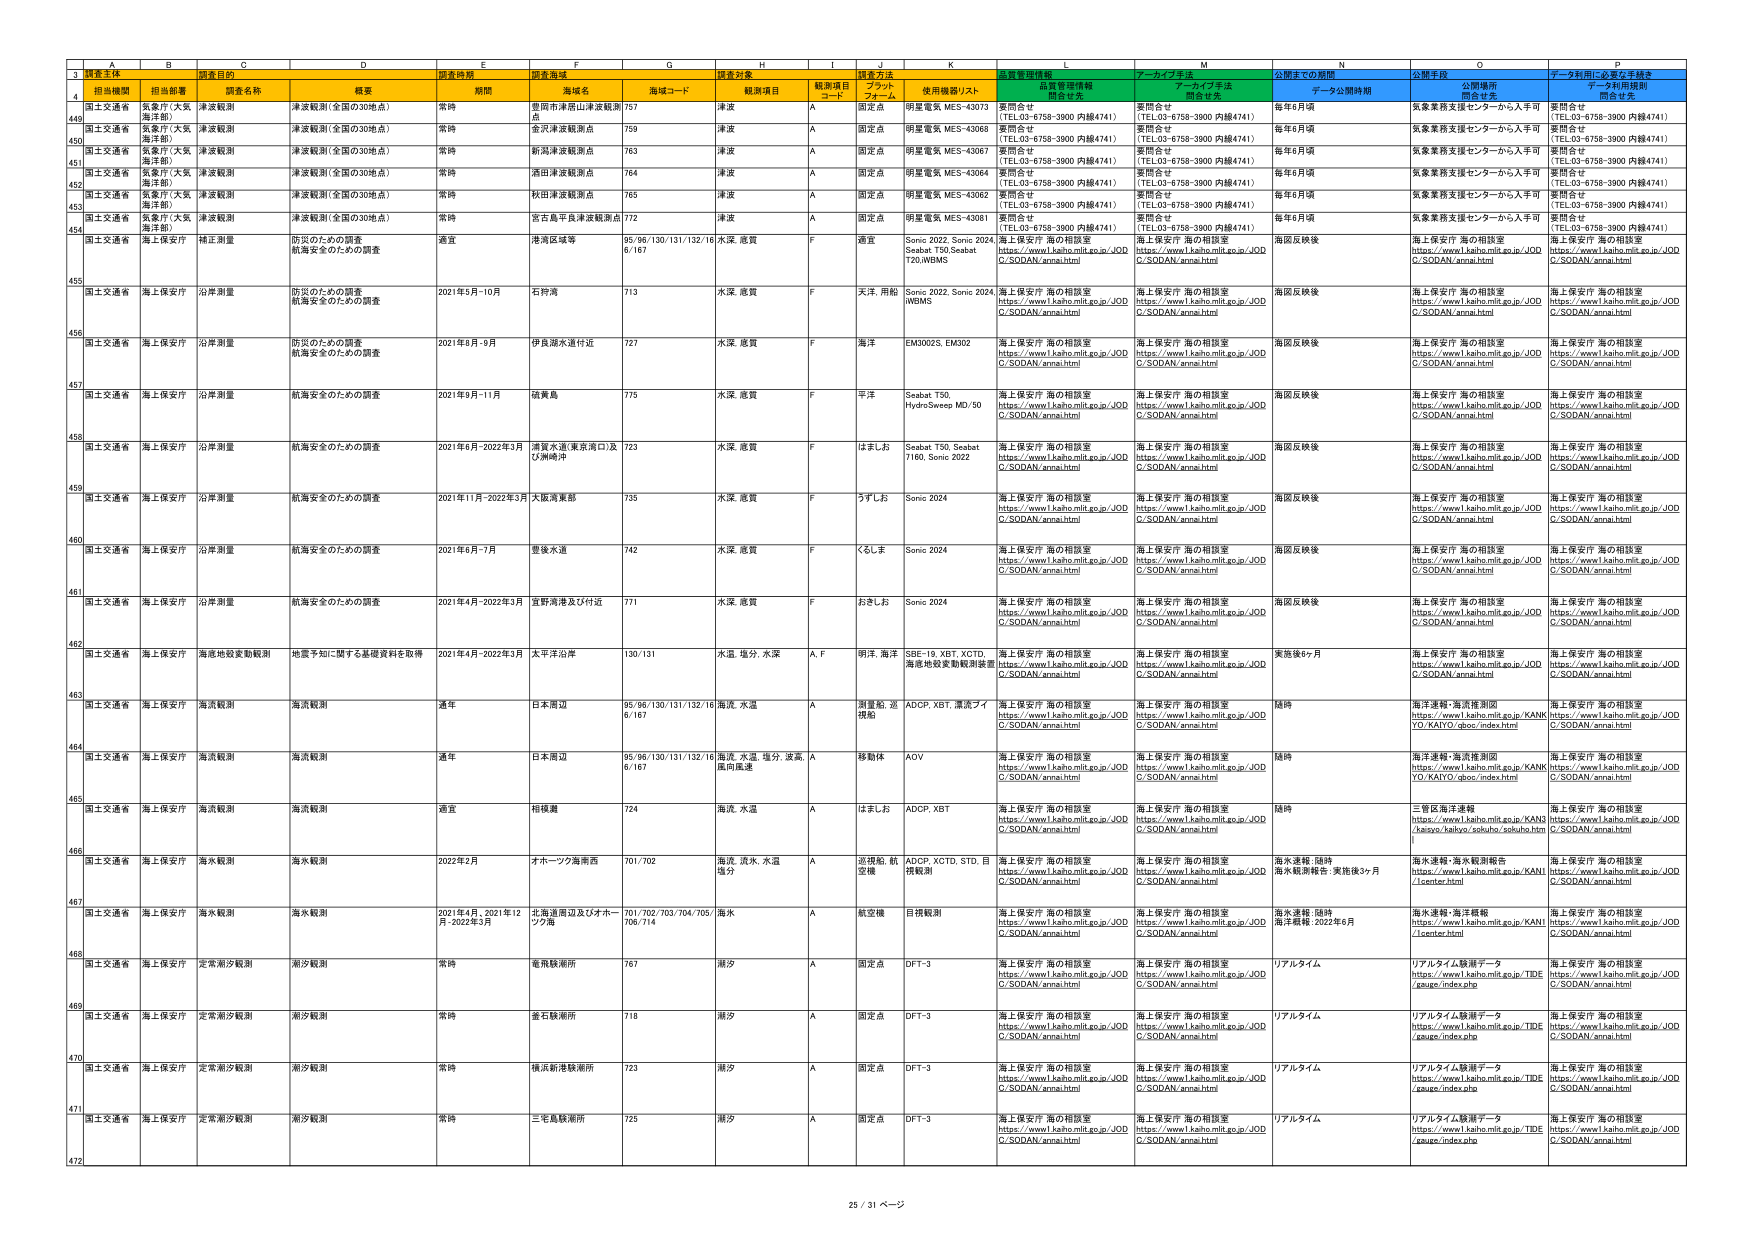
3 調査主体
調査目的
調査時期
調査海域
調査対象
調査方法
監視管理情報
アーカイブ手法
公開までの期間
公開手段
データ利用に必要な手続き
4 担当機関
担当部署
調査名称
概要
期間
海域名
海域コード
観測項目
観測項目
コード
プラットフォーム
使用機器リスト
開発元
開発元
開発元
データ利用規則
開発元
449 国土交通省 気象庁（大阪海洋部） 津波観測 津波観測（全国の30地点） 常時 豊田市津波山津波観測点 757 津波 A 固定点 明星電気 MES-43073 要問合せ （TEL03-6758-3900 内線4741） 要問合せ （TEL03-6758-3900 内線4741） 毎年6月頃 気象業務支援センターから入手可 要問合せ （TEL03-6758-3900 内線4741）
450 国土交通省 気象庁（大阪海洋部） 津波観測 津波観測（全国の30地点） 常時 金沢津波観測点 759 津波 A 固定点 明星電気 MES-43068 要問合せ （TEL03-6758-3900 内線4741） 要問合せ （TEL03-6758-3900 内線4741） 毎年6月頃 気象業務支援センターから入手可 要問合せ （TEL03-6758-3900 内線4741）
451 国土交通省 気象庁（大阪海洋部） 津波観測 津波観測（全国の30地点） 常時 新潟津波観測点 763 津波 A 固定点 明星電気 MES-43067 要問合せ （TEL03-6758-3900 内線4741） 要問合せ （TEL03-6758-3900 内線4741） 毎年6月頃 気象業務支援センターから入手可 要問合せ （TEL03-6758-3900 内線4741）
452 国土交通省 気象庁（大阪海洋部） 津波観測 津波観測（全国の30地点） 常時 酒田津波観測点 764 津波 A 固定点 明星電気 MES-43064 要問合せ （TEL03-6758-3900 内線4741） 要問合せ （TEL03-6758-3900 内線4741） 毎年6月頃 気象業務支援センターから入手可 要問合せ （TEL03-6758-3900 内線4741）
453 国土交通省 気象庁（大阪海洋部） 津波観測 津波観測（全国の30地点） 常時 秋田津波観測点 765 津波 A 固定点 明星電気 MES-43062 要問合せ （TEL03-6758-3900 内線4741） 要問合せ （TEL03-6758-3900 内線4741） 毎年6月頃 気象業務支援センターから入手可 要問合せ （TEL03-6758-3900 内線4741）
454 国土交通省 気象庁（大阪海洋部） 津波観測 津波観測（全国の30地点） 常時 宮古島平良津波観測点 772 津波 A 固定点 明星電気 MES-43081 要問合せ （TEL03-6758-3900 内線4741） 要問合せ （TEL03-6758-3900 内線4741） 毎年6月頃 気象業務支援センターから入手可 要問合せ （TEL03-6758-3900 内線4741）
455 国土交通省 海上保安庁 沿岸測量 防災のための調査 航海安全のための調査 適宜 港湾区域等 95/96/130/131/132/16 6/167 水深、底質 F 適宜 Sonic 2022, Sonic 2024, Seabat T50,Seabat T20,WBMS 海上保安庁 海の相談室 https://www1.kaiho.mlit.go.jp/JOD C/SODAN/annai.html 海上保安庁 海の相談室 https://www1.kaiho.mlit.go.jp/JOD C/SODAN/annai.html 海図反映後 海上保安庁 海の相談室 https://www1.kaiho.mlit.go.jp/JOD C/SODAN/annai.html 海上保安庁 海の相談室 https://www1.kaiho.mlit.go.jp/JOD C/SODAN/annai.html
456 国土交通省 海上保安庁 沿岸測量 防災のための調査 航海安全のための調査 2021年5月-10月 石狩湾 713 水深、底質 F 天洋、用船 Sonic 2022, Sonic 2024, WBMS 海上保安庁 海の相談室 https://www1.kaiho.mlit.go.jp/JOD C/SODAN/annai.html 海上保安庁 海の相談室 https://www1.kaiho.mlit.go.jp/JOD C/SODAN/annai.html 海図反映後 海上保安庁 海の相談室 https://www1.kaiho.mlit.go.jp/JOD C/SODAN/annai.html 海上保安庁 海の相談室 https://www1.kaiho.mlit.go.jp/JOD C/SODAN/annai.html
457 国土交通省 海上保安庁 沿岸測量 防災のための調査 航海安全のための調査 2021年6月-9月 伊良湖水道付近 727 水深、底質 F 海洋 EM3002S, EM302 海上保安庁 海の相談室 https://www1.kaiho.mlit.go.jp/JOD C/SODAN/annai.html 海上保安庁 海の相談室 https://www1.kaiho.mlit.go.jp/JOD C/SODAN/annai.html 海図反映後 海上保安庁 海の相談室 https://www1.kaiho.mlit.go.jp/JOD C/SODAN/annai.html 海上保安庁 海の相談室 https://www1.kaiho.mlit.go.jp/JOD C/SODAN/annai.html
458 国土交通省 海上保安庁 沿岸測量 航海安全のための調査 2021年9月-11月 破亀島 775 水深、底質 F 平洋 Seabat T50, HydroSweep MD/50 海上保安庁 海の相談室 https://www1.kaiho.mlit.go.jp/JOD C/SODAN/annai.html 海上保安庁 海の相談室 https://www1.kaiho.mlit.go.jp/JOD C/SODAN/annai.html 海図反映後 海上保安庁 海の相談室 https://www1.kaiho.mlit.go.jp/JOD C/SODAN/annai.html 海上保安庁 海の相談室 https://www1.kaiho.mlit.go.jp/JOD C/SODAN/annai.html
459 国土交通省 海上保安庁 沿岸測量 航海安全のための調査 2021年6月-2022年3月 湯島水道・東京湾口及び横瀬沖 723 水深、底質 F はましお Seabat T50, Seabat T160, Sonic 2022 海上保安庁 海の相談室 https://www1.kaiho.mlit.go.jp/JOD C/SODAN/annai.html 海上保安庁 海の相談室 https://www1.kaiho.mlit.go.jp/JOD C/SODAN/annai.html 海図反映後 海上保安庁 海の相談室 https://www1.kaiho.mlit.go.jp/JOD C/SODAN/annai.html 海上保安庁 海の相談室 https://www1.kaiho.mlit.go.jp/JOD C/SODAN/annai.html
460 国土交通省 海上保安庁 沿岸測量 航海安全のための調査 2021年11月-2022年3月 大阪湾東部 735 水深、底質 F うずしお Sonic 2024 海上保安庁 海の相談室 https://www1.kaiho.mlit.go.jp/JOD C/SODAN/annai.html 海上保安庁 海の相談室 https://www1.kaiho.mlit.go.jp/JOD C/SODAN/annai.html 海図反映後 海上保安庁 海の相談室 https://www1.kaiho.mlit.go.jp/JOD C/SODAN/annai.html 海上保安庁 海の相談室 https://www1.kaiho.mlit.go.jp/JOD C/SODAN/annai.html
461 国土交通省 海上保安庁 沿岸測量 航海安全のための調査 2021年6月-7月 豊後水道 742 水深、底質 F くらしま Sonic 2024 海上保安庁 海の相談室 https://www1.kaiho.mlit.go.jp/JOD C/SODAN/annai.html 海上保安庁 海の相談室 https://www1.kaiho.mlit.go.jp/JOD C/SODAN/annai.html 海図反映後 海上保安庁 海の相談室 https://www1.kaiho.mlit.go.jp/JOD C/SODAN/annai.html 海上保安庁 海の相談室 https://www1.kaiho.mlit.go.jp/JOD C/SODAN/annai.html
462 国土交通省 海上保安庁 沿岸測量 航海安全のための調査 2021年4月-2022年3月 宜野湾港及び付近 771 水深、底質 F おきしお Sonic 2024 海上保安庁 海の相談室 https://www1.kaiho.mlit.go.jp/JOD C/SODAN/annai.html 海上保安庁 海の相談室 https://www1.kaiho.mlit.go.jp/JOD C/SODAN/annai.html 海図反映後 海上保安庁 海の相談室 https://www1.kaiho.mlit.go.jp/JOD C/SODAN/annai.html 海上保安庁 海の相談室 https://www1.kaiho.mlit.go.jp/JOD C/SODAN/annai.html
463 国土交通省 海上保安庁 海底地殻変動観測 地震予知に関する基礎資料を取得 2021年4月-2022年3月 太平洋沿岸 130/131 水圧、塩分、水深 A, F 明洋、海洋 SSE-19, XBT, XCTD, 海底地殻変動観測装置 海上保安庁 海の相談室 https://www1.kaiho.mlit.go.jp/JOD C/SODAN/annai.html 海上保安庁 海の相談室 https://www1.kaiho.mlit.go.jp/JOD C/SODAN/annai.html 実施後6ヶ月 海上保安庁 海の相談室 https://www1.kaiho.mlit.go.jp/JOD C/SODAN/annai.html 海上保安庁 海の相談室 https://www1.kaiho.mlit.go.jp/JOD C/SODAN/annai.html
464 国土交通省 海上保安庁 海浜観測 海浜観測 通年 日本周辺 95/96/130/131/132/16 6/167 海流、水温 A 測量船、巡視船 ADCP, XBT, 漂流ブイ 海上保安庁 海の相談室 https://www1.kaiho.mlit.go.jp/JOD C/SODAN/annai.html 海上保安庁 海の相談室 https://www1.kaiho.mlit.go.jp/JOD C/SODAN/annai.html 随時 海洋連絡・海洋推測図 https://www1.kaiho.mlit.go.jp/KANK YO/KAIYO/qboc/index.html 海上保安庁 海の相談室 https://www1.kaiho.mlit.go.jp/JOD C/SODAN/annai.html
465 国土交通省 海上保安庁 海浜観測 海浜観測 通年 日本周辺 95/96/130/131/132/16 6/167 海流、水温、塩分、波高、風向風速 A 移動体 AOV 海上保安庁 海の相談室 https://www1.kaiho.mlit.go.jp/JOD C/SODAN/annai.html 海上保安庁 海の相談室 https://www1.kaiho.mlit.go.jp/JOD C/SODAN/annai.html 随時 海洋連絡・海洋推測図 https://www1.kaiho.mlit.go.jp/KANK YO/KAIYO/qboc/index.html 海上保安庁 海の相談室 https://www1.kaiho.mlit.go.jp/JOD C/SODAN/annai.html
466 国土交通省 海上保安庁 海浜観測 海浜観測 適宜 相模灘 724 海流、水温 A はましお ADCP, XBT 海上保安庁 海の相談室 https://www1.kaiho.mlit.go.jp/JOD C/SODAN/annai.html 海上保安庁 海の相談室 https://www1.kaiho.mlit.go.jp/JOD C/SODAN/annai.html 随時 三管区海洋連絡 https://www1.kaiho.mlit.go.jp/KANK I/kaiyo/kaiyo/sekuho/sekuho.htm 海上保安庁 海の相談室 https://www1.kaiho.mlit.go.jp/JOD C/SODAN/annai.html
467 国土交通省 海上保安庁 海水観測 海水観測 2022年2月 オホーツク海南西 701/702 海流、渋水、水温、塩分 A 巡視船、航空機 ADCP, XCTD, STD, 自動観測 海上保安庁 海の相談室 https://www1.kaiho.mlit.go.jp/JOD C/SODAN/annai.html 海上保安庁 海の相談室 https://www1.kaiho.mlit.go.jp/JOD C/SODAN/annai.html 海水連絡・随時 海水観測報告・実施後3ヶ月 海水連絡・海洋観測報告 https://www1.kaiho.mlit.go.jp/KAN I/1center.html 海上保安庁 海の相談室 https://www1.kaiho.mlit.go.jp/JOD C/SODAN/annai.html
468 国土交通省 海上保安庁 海水観測 海水観測 2021年4月、2021年12月-2022年3月 北海道周辺及びオホーツク海 701/702/703/704/705/ 706/714 海水 A 航空機 目視観測 海上保安庁 海の相談室 https://www1.kaiho.mlit.go.jp/JOD C/SODAN/annai.html 海上保安庁 海の相談室 https://www1.kaiho.mlit.go.jp/JOD C/SODAN/annai.html 海水連絡・随時 海洋概報 2022年6月 海水連絡・海洋概報 https://www1.kaiho.mlit.go.jp/KAN I/1center.html 海上保安庁 海の相談室 https://www1.kaiho.mlit.go.jp/JOD C/SODAN/annai.html
469 国土交通省 海上保安庁 定常潮汐観測 潮汐観測 常時 亀島観測所 767 潮汐 A 固定点 DFT-3 海上保安庁 海の相談室 https://www1.kaiho.mlit.go.jp/JOD C/SODAN/annai.html 海上保安庁 海の相談室 https://www1.kaiho.mlit.go.jp/JOD C/SODAN/annai.html リアルタイム リアルタイム検潮データ https://www1.kaiho.mlit.go.jp/TIDE /sauge/index.php 海上保安庁 海の相談室 https://www1.kaiho.mlit.go.jp/JOD C/SODAN/annai.html
470 国土交通省 海上保安庁 定常潮汐観測 潮汐観測 常時 金石観測所 718 潮汐 A 固定点 DFT-3 海上保安庁 海の相談室 https://www1.kaiho.mlit.go.jp/JOD C/SODAN/annai.html 海上保安庁 海の相談室 https://www1.kaiho.mlit.go.jp/JOD C/SODAN/annai.html リアルタイム リアルタイム検潮データ https://www1.kaiho.mlit.go.jp/TIDE /sauge/index.php 海上保安庁 海の相談室 https://www1.kaiho.mlit.go.jp/JOD C/SODAN/annai.html
471 国土交通省 海上保安庁 定常潮汐観測 潮汐観測 常時 横浜新港観測所 723 潮汐 A 固定点 DFT-3 海上保安庁 海の相談室 https://www1.kaiho.mlit.go.jp/JOD C/SODAN/annai.html 海上保安庁 海の相談室 https://www1.kaiho.mlit.go.jp/JOD C/SODAN/annai.html リアルタイム リアルタイム検潮データ https://www1.kaiho.mlit.go.jp/TIDE /sauge/index.php 海上保安庁 海の相談室 https://www1.kaiho.mlit.go.jp/JOD C/SODAN/annai.html
472 国土交通省 海上保安庁 定常潮汐観測 潮汐観測 常時 三毛島観測所 725 潮汐 A 固定点 DFT-3 海上保安庁 海の相談室 https://www1.kaiho.mlit.go.jp/JOD C/SODAN/annai.html 海上保安庁 海の相談室 https://www1.kaiho.mlit.go.jp/JOD C/SODAN/annai.html リアルタイム リアルタイム検潮データ https://www1.kaiho.mlit.go.jp/TIDE /sauge/index.php 海上保安庁 海の相談室 https://www1.kaiho.mlit.go.jp/JOD C/SODAN/annai.html
25 / 31 ページ